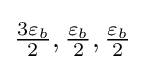
{\textstyle {\frac {3\varepsilon _{b}}{2}},{\frac {\varepsilon _{b}}{2}},{\frac {\varepsilon _{b}}{2}}}